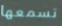
تسمعها